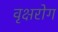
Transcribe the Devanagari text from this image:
वृक्षरोग